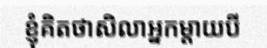
ខ្ញុំគិតថាសិលាអ្នកម្តាយបី